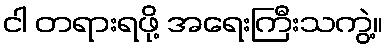
ငါ တရားရဖို့ အရေးကြီးသကွဲ့။